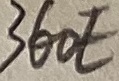
Text: 360E